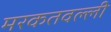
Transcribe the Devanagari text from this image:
मरकतवल्ली